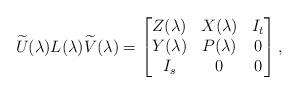
LaTeX: \begin{align*} \widetilde{U}(\lambda)L(\lambda)\widetilde{V}(\lambda) =\begin{bmatrix}Z(\lambda) & X(\lambda) & I_{t} \\Y(\lambda) & P(\lambda) & 0 \\I_{s} & 0 & 0\end{bmatrix},\end{align*}